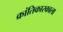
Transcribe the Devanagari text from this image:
क्रांतिकारकाला